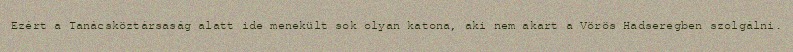
Ezért a Tanácsköztársaság alatt ide menekült sok olyan katona, aki nem akart a Vörös Hadseregben szolgálni.